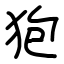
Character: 狍